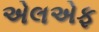
એલએફ